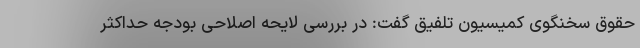
حقوق سخنگوی کمیسیون تلفیق گفت: در بررسی لایحه اصلاحی بودجه حداکثر